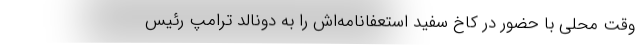
وقت محلی با حضور در کاخ سفید استعفانامه‌اش را به دونالد ترامپ رئیس